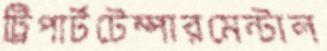
ট্রিপার্টটেম্পারমেন্টাল